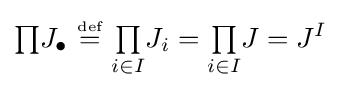
{\textstyle \prod }J_{\bullet }~{\stackrel {\scriptscriptstyle {\text{def}}}{=}}~{\textstyle \prod \limits _{i\in I}}J_{i}={\textstyle \prod \limits _{i\in I}}J=J^{I}